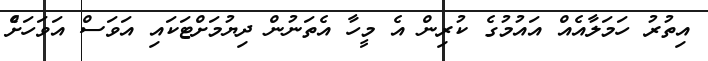
އިތުރު ހަމަލާއެއް އައުމުގެ ކުރިން އެ މީހާ އެތަނުން ދިޔުމަށްޓަކައި އަވަސް އަވަހަށްެ